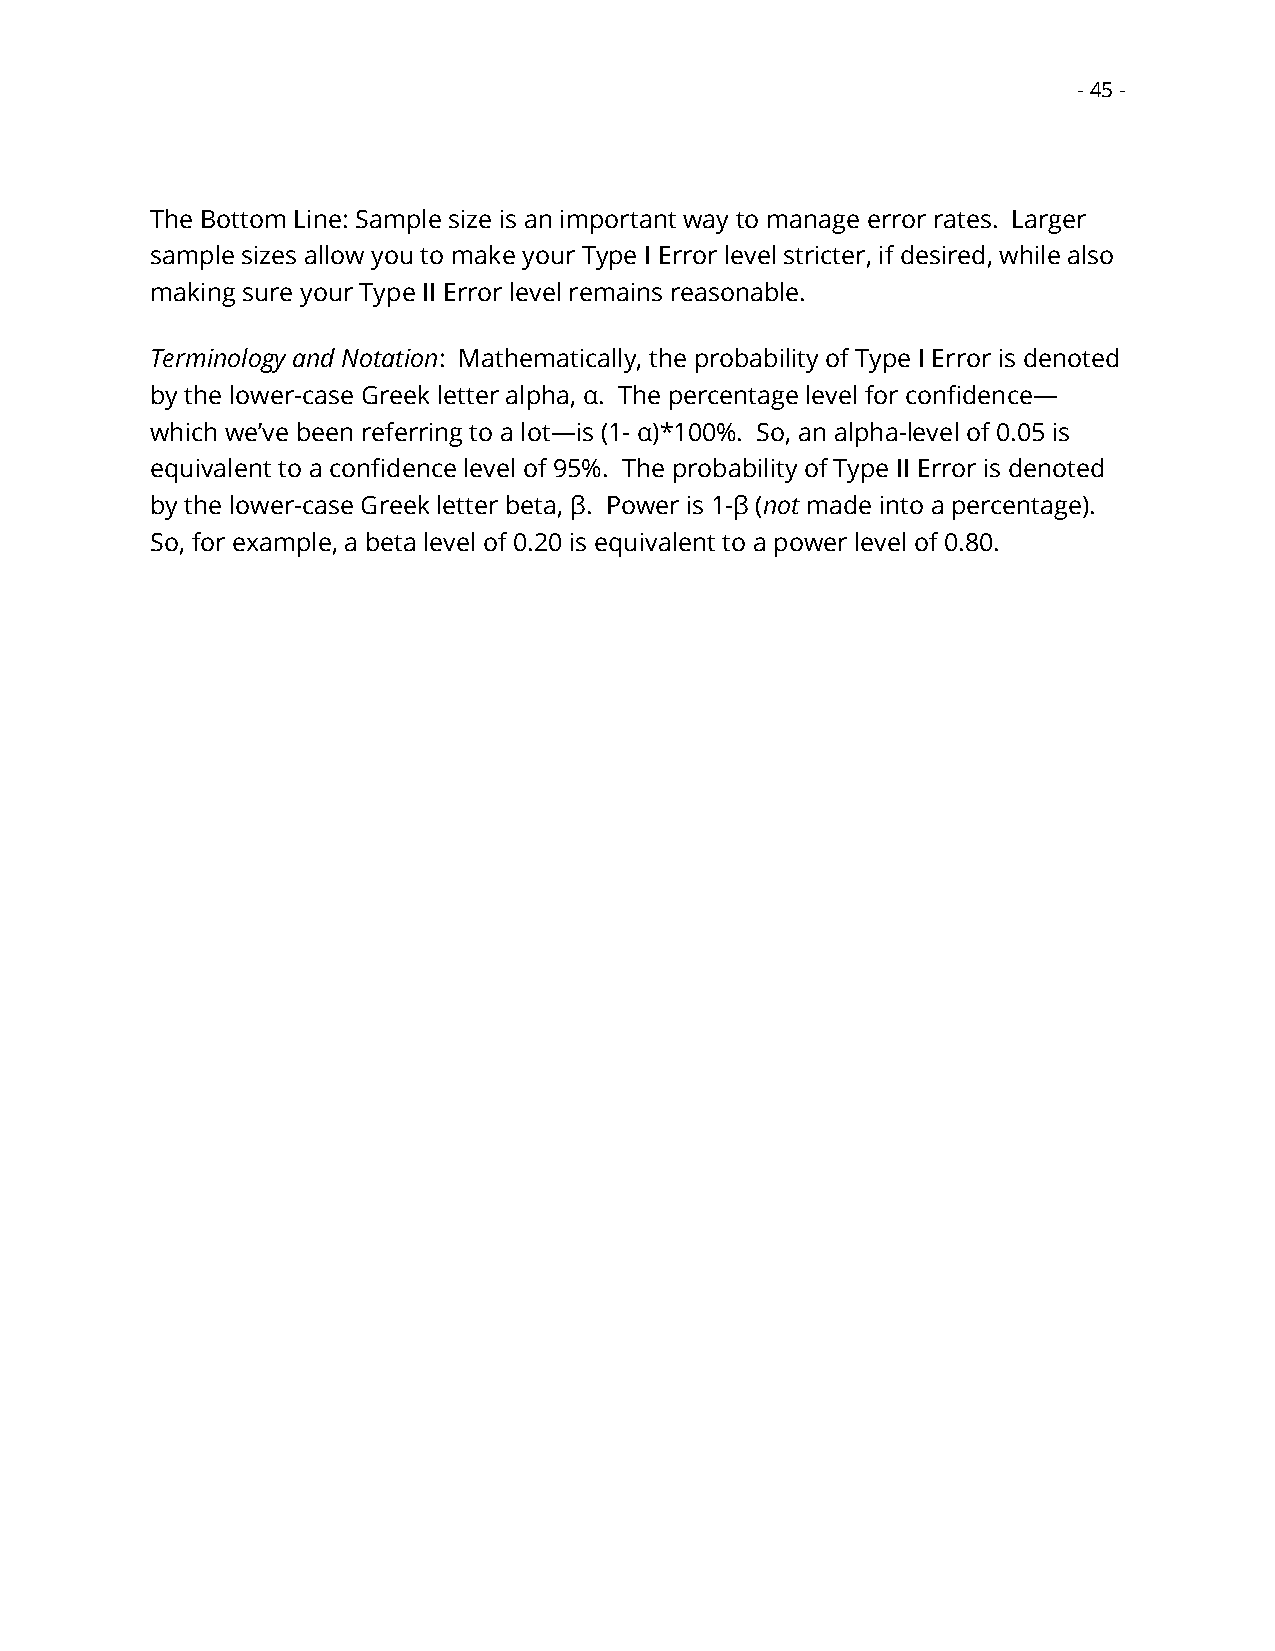
- 45 -
 The Bottom Line: Sample size is an important way to manage error rates. Larger
 sample sizes allow you to make your Type I Error level stricter, if desired, while also
 making sure your Type II Error level remains reasonable.
 Terminology and Notation: Mathematically, the probability of Type I Error is denoted
 by the lower-case Greek letter alpha, α. The percentage level for confidence—
 which we’ve been referring to a lot—is (1- α)*100%. So, an alpha-level of 0.05 is
 equivalent to a confidence level of 95%. The probability of Type II Error is denoted
 by the lower-case Greek letter beta, β. Power is 1-β (not made into a percentage).
 So, for example, a beta level of 0.20 is equivalent to a power level of 0.80.